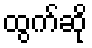
ထွက်ဆို